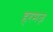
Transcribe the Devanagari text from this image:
हरमज़